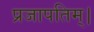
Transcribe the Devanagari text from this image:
प्रजापतिम्।